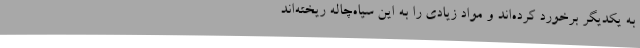
به یکدیگر برخورد کرده‌اند و مواد زیادی را به این سیاه‌چاله ریخته‌اند